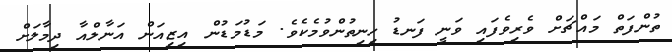
ތުންފަތް މައްޗަށް ވެރިވެފައި ވަނީ ފަނޑު ހިނިތުންވުމެކެވެ. މަޑުމަޑުން އިޒިއަން އަނާލްއާ ދިމާލަށް